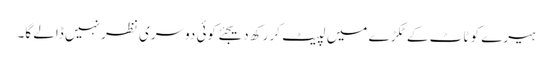
ہیرے کو ٹاٹ کے ٹکڑے میں لپیٹ کر رکھ دیجئے کوئی دوسری نظر نہیں ڈالے گا۔